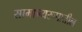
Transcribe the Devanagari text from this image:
सामान्यरूपातील